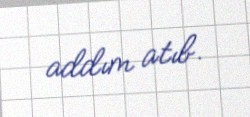
addım atıb.